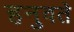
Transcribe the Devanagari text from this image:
हनुवते